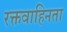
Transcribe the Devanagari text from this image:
रक्तवाहिनता